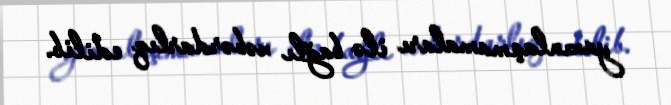
yaxınlaşmamaları ilə bağlı xəbərdarlıq edilib.